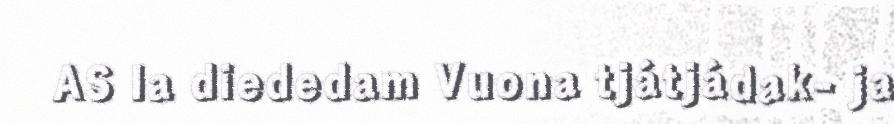
AS la diededam Vuona tjátjádak- ja